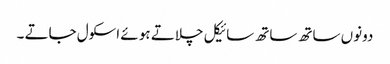
دونوں ساتھ ساتھ سائیکل چلاتے ہو ئے اسکول جاتے ۔